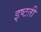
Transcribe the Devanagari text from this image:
इष्टती